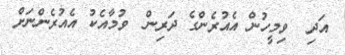
އަދި  ވިމީހުން އެއުރެންގެ ދަރިން  ވުމާއެކު އެއުރެންނަށް